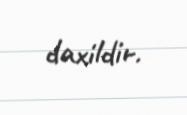
daxildir.